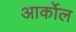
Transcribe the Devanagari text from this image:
आर्कोल